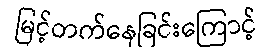
မြင့်တက်နေခြင်းကြောင့်